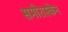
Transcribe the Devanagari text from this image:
समोरास्केन